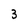
Character: 3